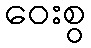
ဝေးစွ